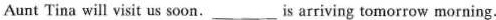
Aunt Tina will visit us soon.____is arriving tomorrow morning.